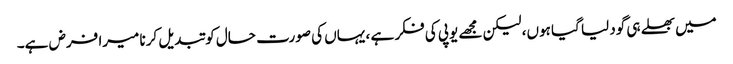
میں بھلے ہی گود لیا گیا ہوں، لیکن مجھے یوپی کی فکر ہے ، یہاں کی صورت حال کو تبدیل کرنا میرا فرض ہے۔